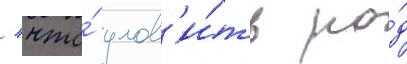
/ что́ улов'и́ть ро́д